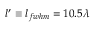
l ^ { \prime } \equiv l _ { f w h m } = 1 0 . 5 \lambda